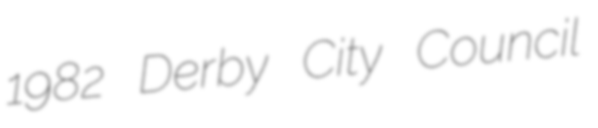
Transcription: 1982 Derby City Council